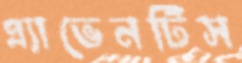
এ্যাভেনটিস